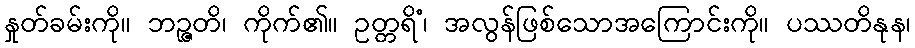
နှုတ်ခမ်းကို။ ဘဉ္ဇတိ၊ ကိုက်၏။ ဥတ္တရိံ၊ အလွန်ဖြစ်သောအကြောင်းကို။ ပဿတိနုန၊